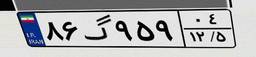
۸۶گ۹۵۹۰۴